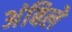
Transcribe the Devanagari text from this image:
अंबिले